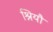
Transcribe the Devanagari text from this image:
श्रियौ